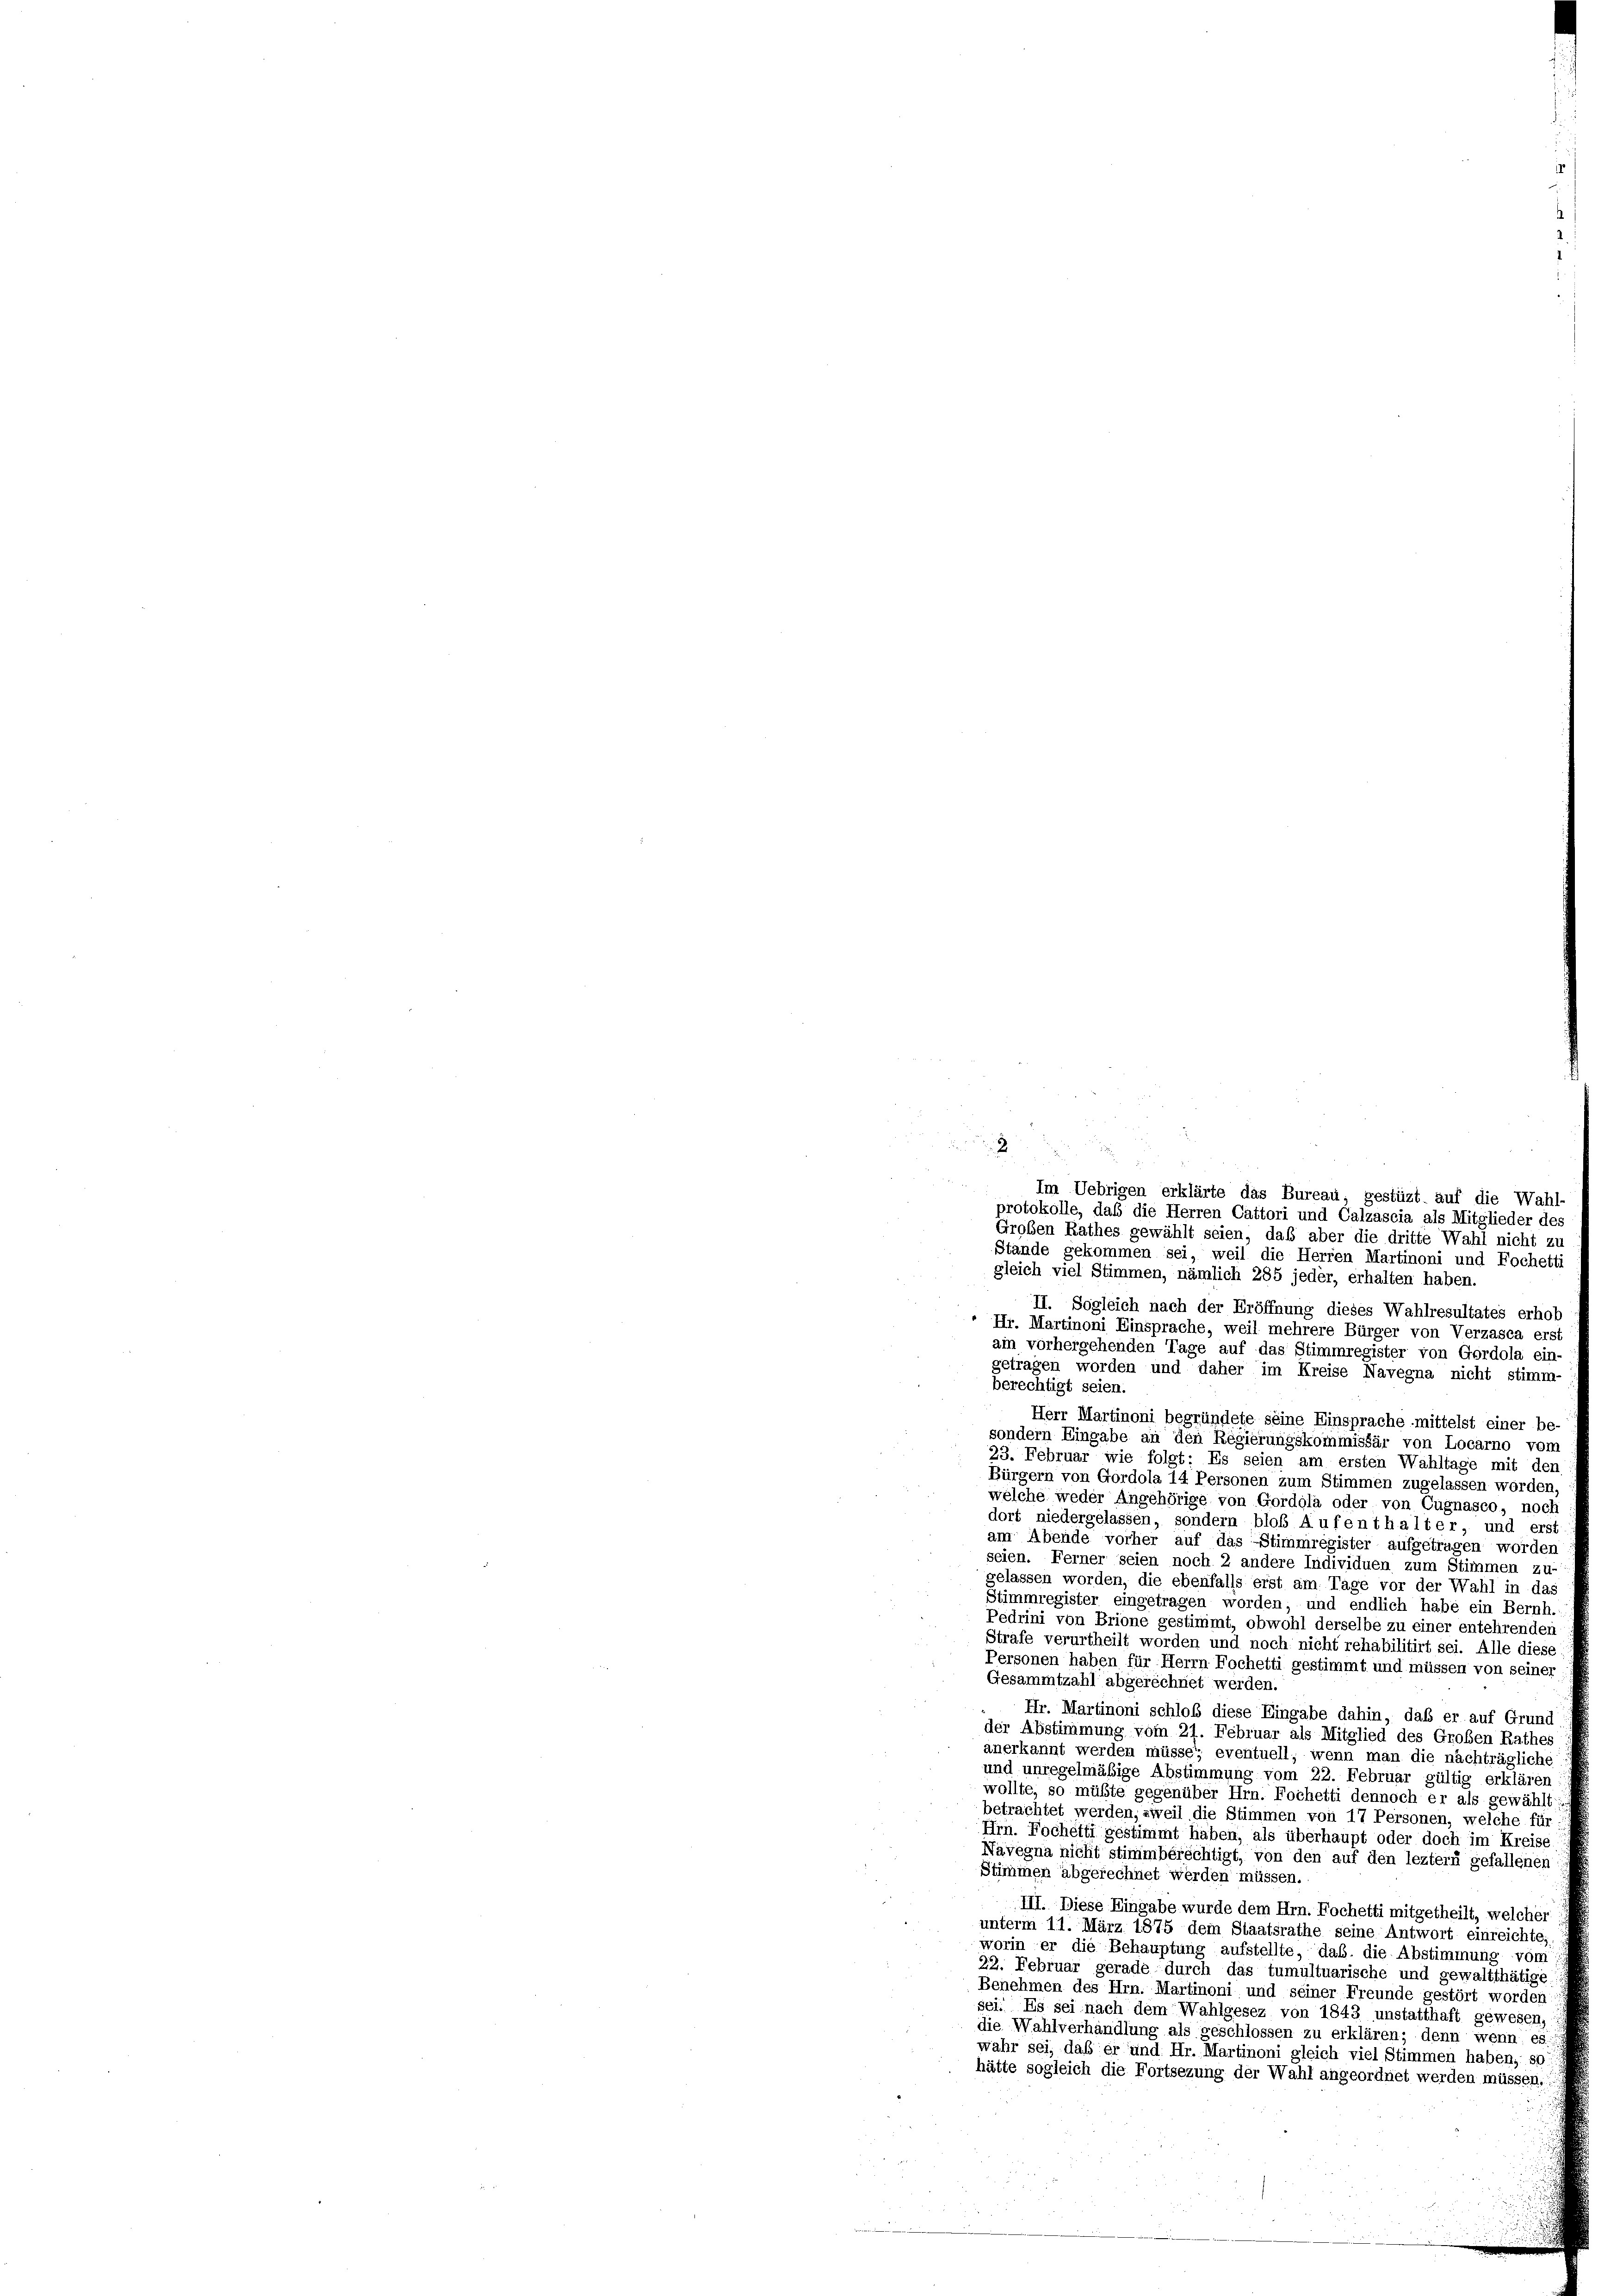
Im Uebrigen erklärte das Bureau, gestüzt, auf die Wahl
protokolle, daß die Herren Cattori und Calzascia als Mitglieder de
Großen Rathes gewählt seien, daß aber die dritte Wahl nicht zu
Stände gekommen sei, weil die Herren Martinoni und Fochet
gleich viel Stimmen, nämlich 285 jeder, erhalten haben.
II. Sogleich nach der Eröffnung dieses Wahlresultates erho
Hr. Martinoni Einsprache, weil mehrere Bürger von Verzasca er-
am vorhergehenden Tage auf das Stimmregister von Gordola ein
getragen worden und daher im Kreise Navegna nicht stimm-
berechtigt seien.
Herr Martinoni begründete seine Einsprache mittelst einer be
sondern Eingabe an den Regierungskommissär von Locarno vom
23. Februar wie folgt: Es seien am ersten Wahltage mit der
Bürgern von Gordola 14 Personen zum Stimmen zugelassen worden,
welche weder Angehörige von Gordola oder von Cugnasco, noch
dort niedergelassen, sondern bloß Aufenthalter, und erst
am Abende vorher auf das Stimmregister aufgetragen worden
seien. Ferner seien noch 2 andere Individuen zum Stimmen zu-
gelassen worden, die ebenfalls erst am Tage vor der Wahl in da
Stimmregister eingetragen worden; und endlich habe ein Bernh.
Pedrini von Brione gestimmt, obwohl derselbe zu einer entehrenden
Strafe verurtheilt worden und noch nicht rehabilitirt sei. Alle diese
Personen haben für Herrn Fochetti gestimmt und müssen von seiner
Gesammtzahl abgerechnet werden.
Hr. Martinoni schloß diese Eingabe dahin, daß er auf Grund
der Abstimmung vom 27. Februar als Mitglied des Großen Rathes
anerkannt werden müsse, eventuell, wenn man die nachträgliche
und unregelmäßige Abstimmung vom 22. Februar gültig erklären
wollte, so müßte gegenüber Hrn. Fochetti dennoch er als gewählt
betrachtet werden, »weil die Stimmen von 17 Personen, welche für
Hrn. Nochetti gestimmt haben, als überhaupt oder doch im Kreise
Navegna nicht stimmberechtigt, von den auf den leztem gefallenen
Stimmen abgerechnet werden müssen.
III. Diese Eingabe wurde dem Hrn. Fochetti mitgetheilt, welcher
unterm 11. März 1875 dem Staatsrathe seine Antwort einreichte,
worin er die Behauptung aufstellte, das, die Abstimmung vom
22. Februar gerade durch das tumultuarische und gewaltthätige
Benehmen des Hrn. Martinoni und seiner Freunde gestört worden:
sei. Es sei nach dem Wahlgesez von 1843 unstatthaft gewesen,
die Wahlverhandlung als geschlossen zu erklären; denn wenn es
wahr sei, daß er und Hr. Martinoni gleich viel Stimmen haben, so
hätte sogleich die Fortsezung der Wahl angeordnet werden müssen.